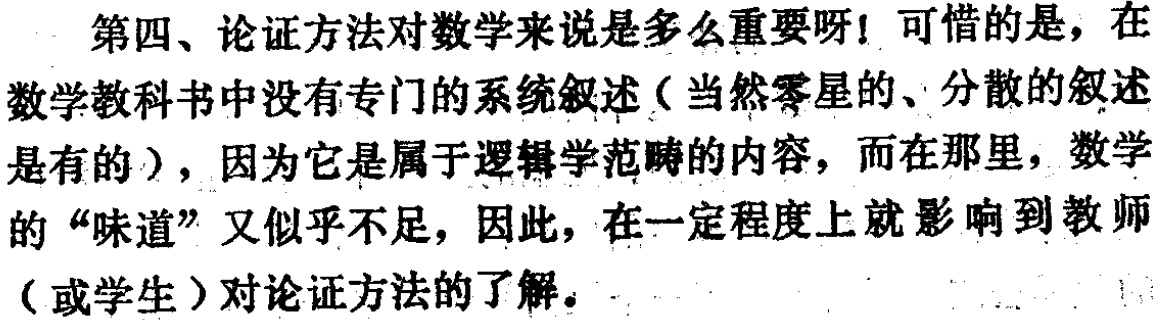
第四、论证方法对数学来说是多么重要呀! 可惜的是，在数学教科书中没有专门的系统叙述（当然零星的、分散的叙述是有的），因为它是属于逻辑学范畴的内容，而在那里，数学的“味道”又似乎不足，因此，在一定程度上就影响到教师（或学生）对论证方法的了解。